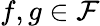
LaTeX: f,g\in\mathcal{F}